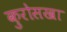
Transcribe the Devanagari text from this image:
कुरोसखा